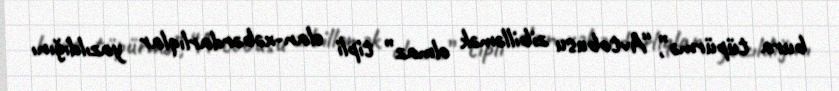
bura tüpürmə”, “Avtobusu zibilləmək olmaz” tipli elan-xəbərdarlıqlar yazıldığını